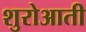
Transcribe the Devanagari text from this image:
शुरोआती